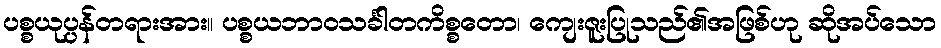
ပစ္စယုပ္ပန်တရားအား။ ပစ္စယဘာဝသင်္ခါတကိစ္စတော၊ ကျေးဇူးပြုသည်၏အဖြစ်ဟု ဆိုအပ်သော